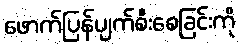
ဖောက်ပြန်ပျက်စီးစေခြင်းကို